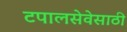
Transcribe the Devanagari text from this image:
टपालसेवेसाठी